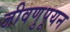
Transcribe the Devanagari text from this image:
जीवणुपूयन